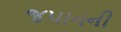
જપાનની